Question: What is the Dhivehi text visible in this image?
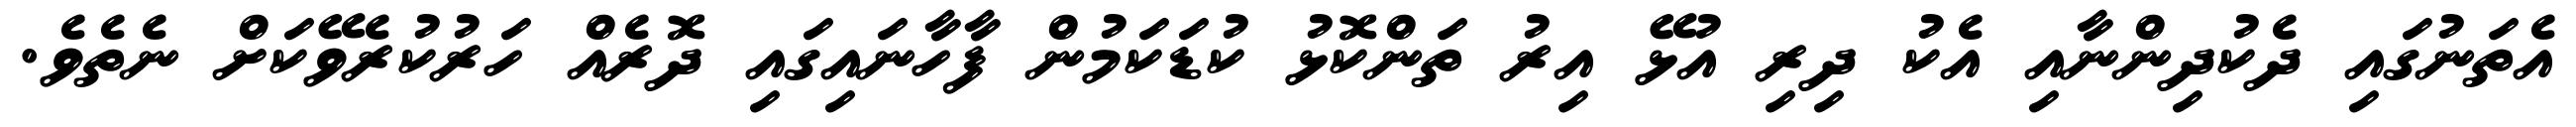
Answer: އެތަނުގައި ދެކުދިންނާއި އެކު ދިރި އުޅޭ އިރު ތަންކޮޅު ކުޑަކަމުން ފާހާނައިގައި ދޮރެއް ހަރުކުރެވޭކަށް ނެތެވެ.